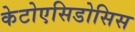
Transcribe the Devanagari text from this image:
केटोएसिडोसिस